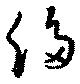
侈